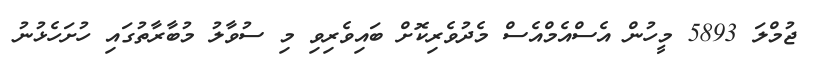
ޖުމްލަ 5893 މީހުން އެސްއެމްއެސް މެދުވެރިކޮށް ބައިވެރިވި މި ސުވާލު މުބާރާތުގައި ހުށަހެޅުނު